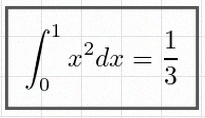
\int_0^1 x^2dx=\frac13